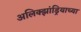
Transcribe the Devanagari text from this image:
अलिक्झांड्रियाच्या